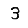
Digit: 3